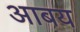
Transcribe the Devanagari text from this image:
आबय